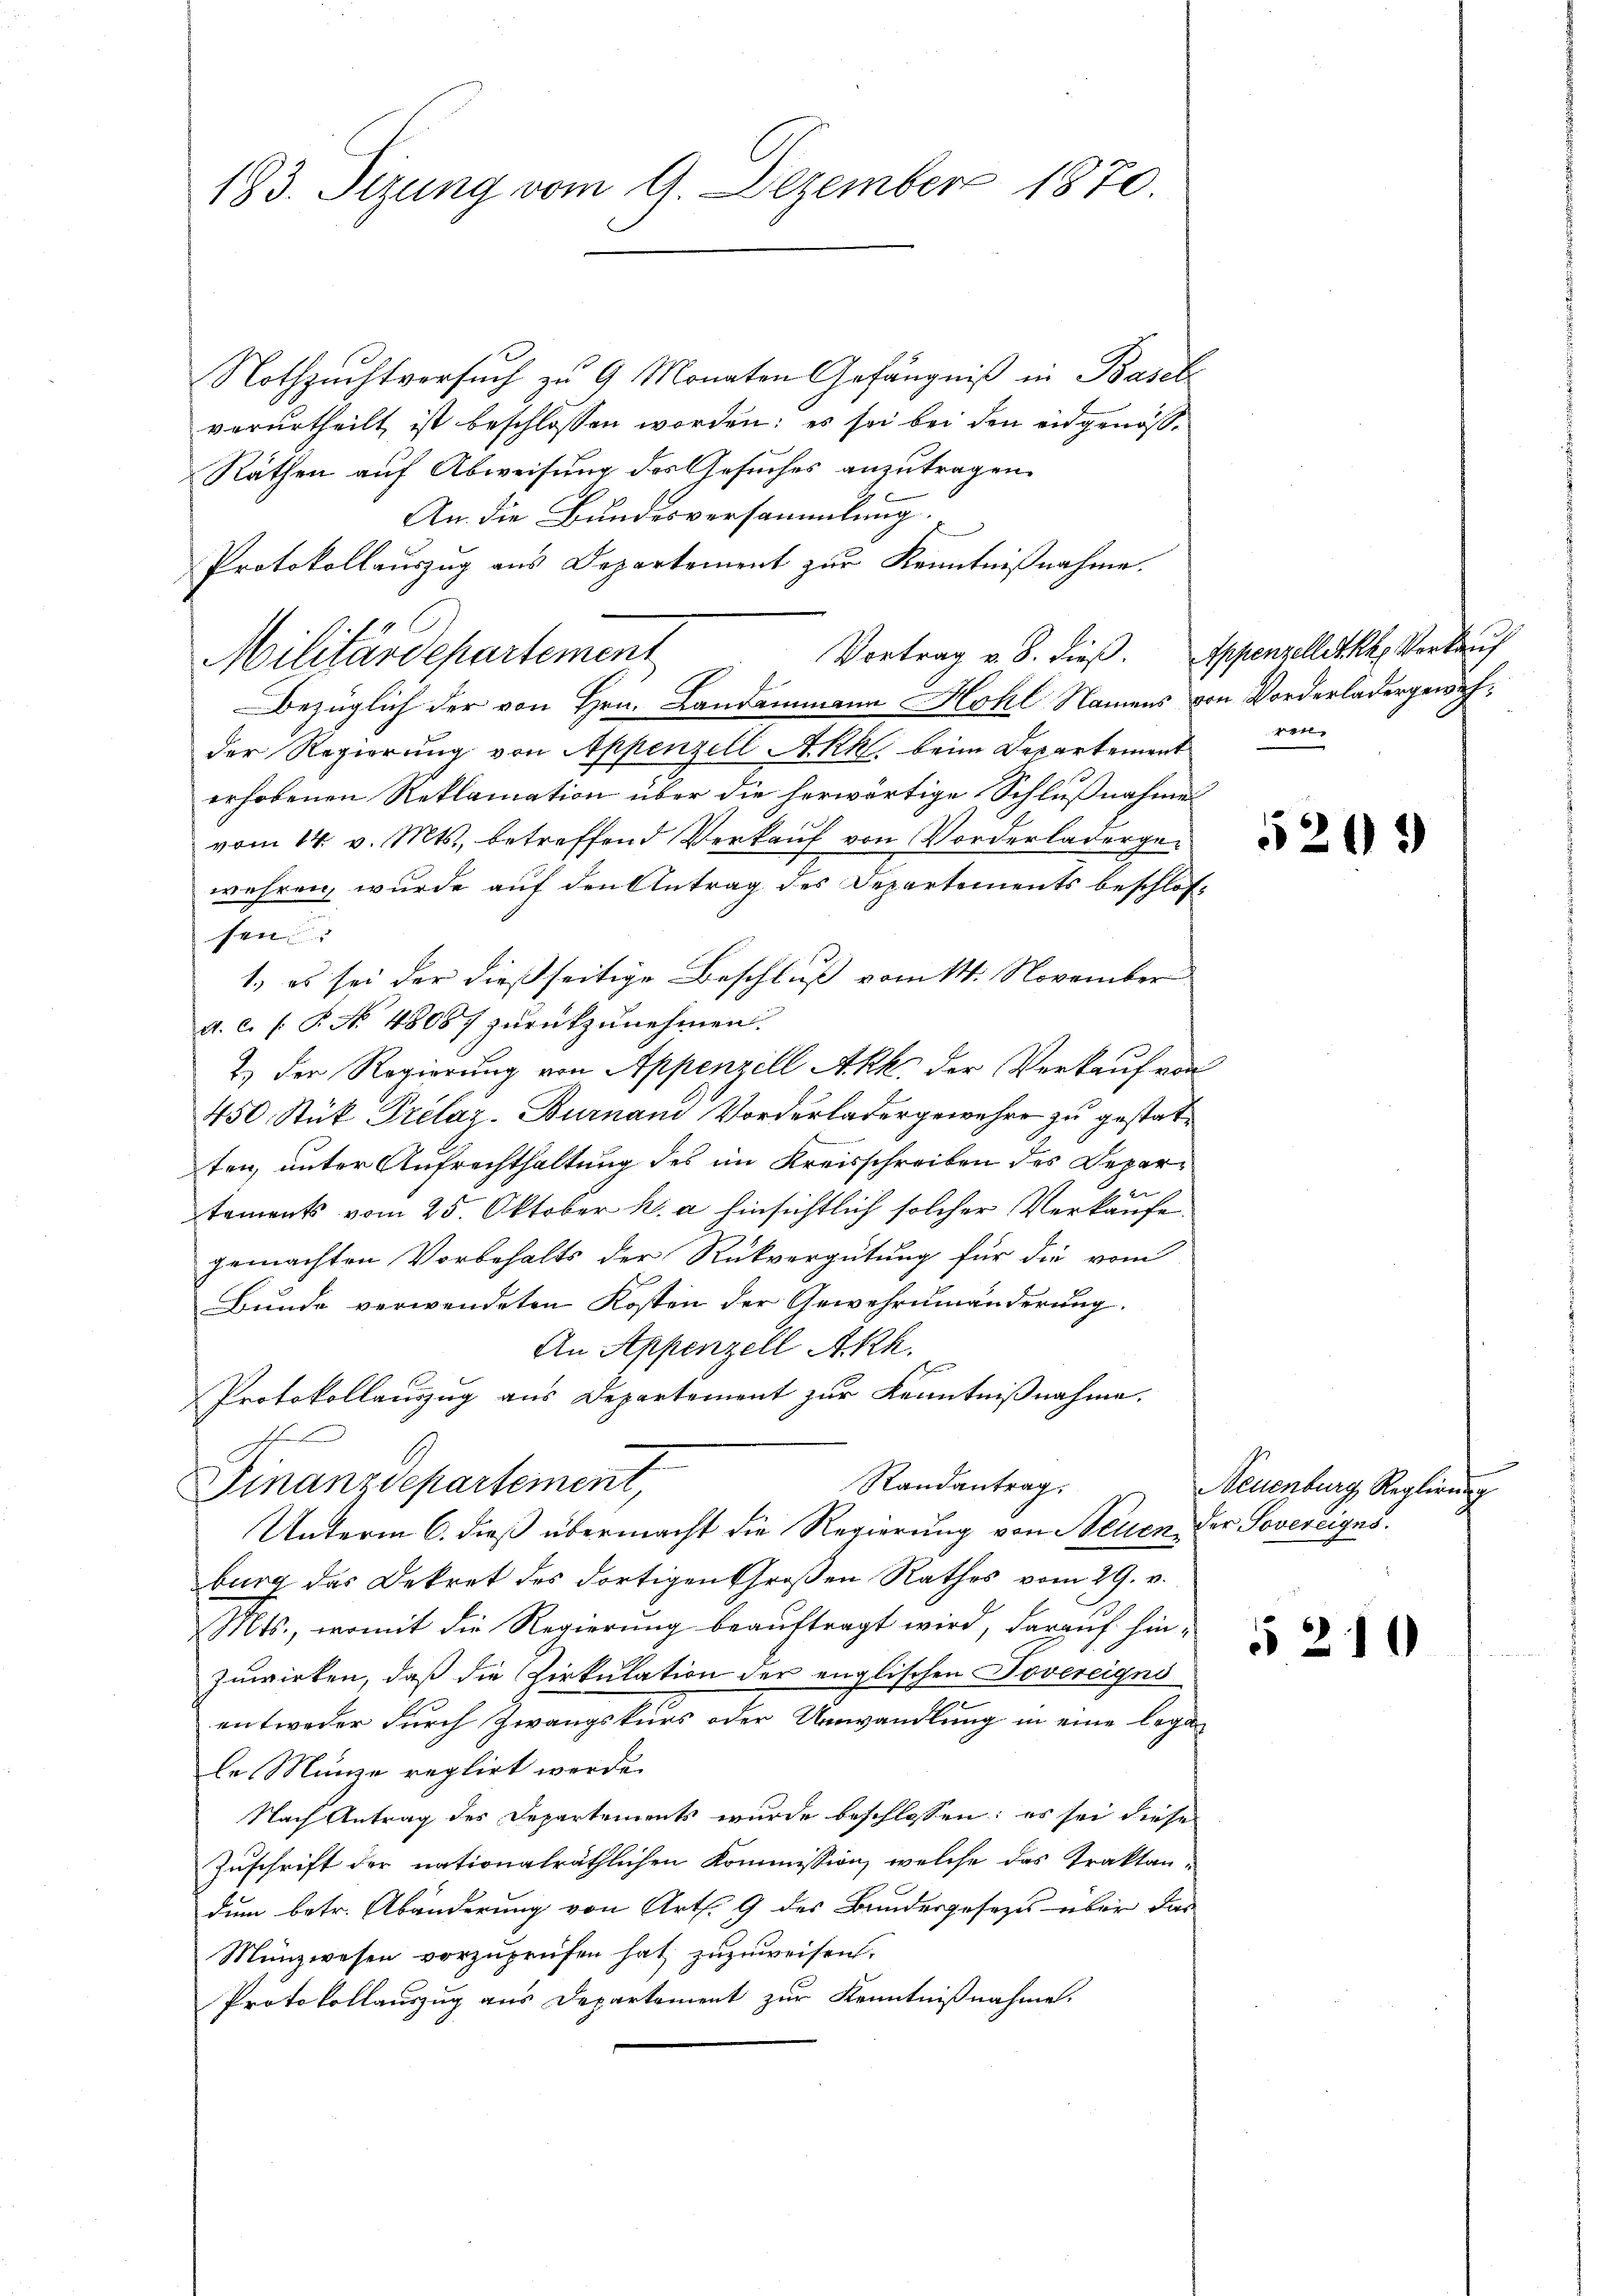
193. Sizung vom 9. Dezember 1870.

Nothzuchtversuch zu 9 Monaten Gefängniß in Basel
verurtheilt ist beschlossen worden; es sei bei den eidgenös¬
Räthen auf Abweisung des Gesuches anzutragen.
An die Bundesversammlung.
Protokollauszug aus Departement zur Kenntnißnahme.
Militärdepartement
Bezüglich der von Hrn. Landammann Hohl Namens von Vorderladergewähder Regierung von Appenzell Akk, beim Departement
erhobenen Reklamation über die herwärtige Schlußnahme
vom 14. v. Mts., betreffend Verkaŭf von Vorderladerge-
wehren, wurde auf den Antrag des Departements beschlossen
1.) es sei der dießseitige Beschluß vom 14. November
a. c. s. P. No. 48087 zurückzunehmen.
2.) Der Regierung von Appenzell Akk. der Verkauf von
450 Stük Prelaz. Burnau Vorderladergewehre zu gestatten, unter Aufrechthaltung des im Kreisschreiben des Departements vom 25. Oktober h. a hinsichtlich solcher Verkäufe
gemachten Vorbehalts der Rückvergütung für die vom
Bunde verwendeten Kosten der Gewehrumänderung.
An Appenzell A.Rh.
Protokollauszug aus Departement zur Kenntnißnahme.
x
Randantrag.
Finanzdepartement,
Unterm 6. dieß übermacht die Regierung von Neuen der Sovereiges.
burg das Dekret des dortigen Großen Rathes vom 29. v.
Mts., womit die Regierung beauftragt wird, darauf hinzuwirken, daß die Zirkulation der englischen Dovereigno
entweder durch Zwangskurs oder Umwandlung in eine legen
le Münze reglirt werde.
Nach Antrag des Departements wurde beschlossen: es sei diese
Zuschrift der nationalräthlichen Kommission, welche das Traktan-
dum betr. Abänderung von Art. 9 des Bundesgesetzes über das
Münzwesen vorzuprüfen hat zuzuweisen.
Protokollauszug aus Departement zur Kenntnißnahme.

Vortrag v. 8. dieß. Appenzellet kk. Verkauf

e

526)

Neuenburg, Reglirung

210